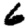
Digit: 6